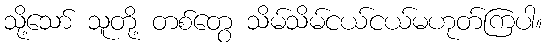
သို့သော် သူတို့ တစ်တွေ သိမ်သိမ်ငယ်ငယ်မဟုတ်ကြပါ။